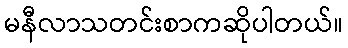
မနီလာသတင်းစာကဆိုပါတယ်။